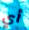
أي